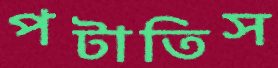
পটাতিস